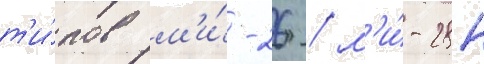
т'и́пов м'и́-26 / м'и́-28н